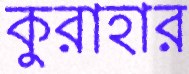
কুরাহার